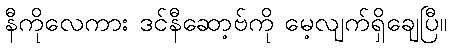
နီကိုလေကား ဒင်နီဆော့ဗ်ကို မေ့လျက်ရှိချေပြီ။